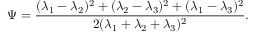
\Psi = \frac { ( \lambda _ { 1 } - \lambda _ { 2 } ) ^ { 2 } + ( \lambda _ { 2 } - \lambda _ { 3 } ) ^ { 2 } + ( \lambda _ { 1 } - \lambda _ { 3 } ) ^ { 2 } } { 2 ( \lambda _ { 1 } + \lambda _ { 2 } + \lambda _ { 3 } ) ^ { 2 } } .